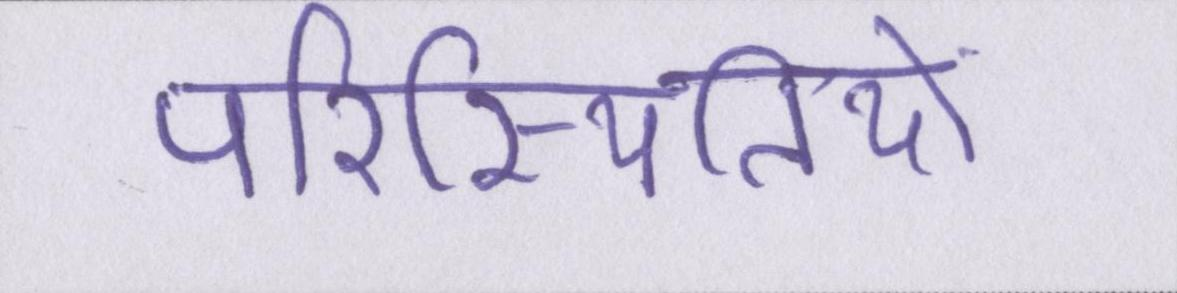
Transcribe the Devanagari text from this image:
परिस्थितियों